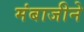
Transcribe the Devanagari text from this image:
मंबाजीने